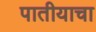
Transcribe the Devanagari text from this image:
पातीयाचा